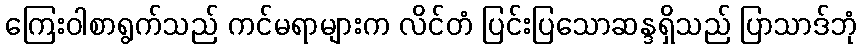
ကြေးဝါစာရွက်သည် ကင်မရာများက လိင်တံ ပြင်းပြသောဆန္ဒရှိသည် ပြာသာဒ်ဘုံ